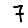
Digit: 7